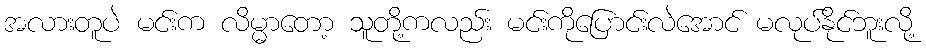
အလားတူပဲ မင်းက လိမ္မာတော့ သူတို့ကလည်း မင်းကိုပြောင်းလဲအောင် မလုပ်နိုင်ဘူးလို့